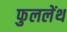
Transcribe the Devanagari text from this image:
फुललेंथ